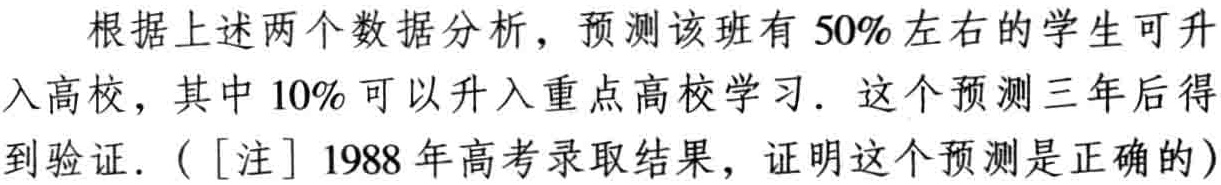
根据上述两个数据分析，预测该班有 \(50\%\) 左右的学生可升入高校，其中 \(10\%\) 可以升入重点高校学习. 这个预测三年后得到验证. (\([\text{注}]\) 1988 年高考录取结果，证明这个预测是正确的)